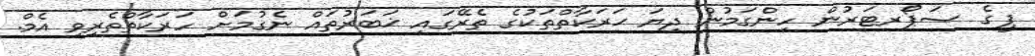
ޕީގެ ސަޕޯރޓަރުން ހިންގަމުން ދިޔަ ޙަރަކާތްތަކުގެ ތެރޭގައި ޚަބަރުތައް ނެގުމަށް ހަރަކާތްތެރިވި އެމް.